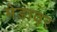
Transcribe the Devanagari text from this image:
मेडावर